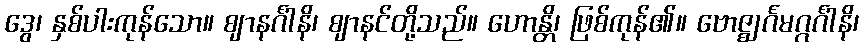
ဒွေ၊ နှစ်ပါးကုန်သော။ ဈာနင်္ဂါနိ၊ ဈာနင်တို့သည်။ ဟောန္တိ၊ ဖြစ်ကုန်၏။ ဗောဇ္ဈင်္ဂမဂ္ဂင်္ဂါနိ၊